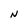
Character: N